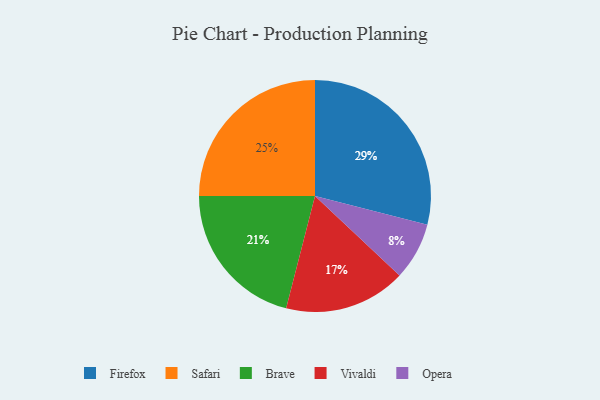
{"axis": {"x": "Category", "y": "Percentage"}, "legend": ["Brave", "Firefox", "Opera", "Safari", "Vivaldi"], "data": [{"x": "Opera", "y": 8, "type": "Opera"}, {"x": "Safari", "y": 25, "type": "Safari"}, {"x": "Firefox", "y": 29, "type": "Firefox"}, {"x": "Brave", "y": 21, "type": "Brave"}, {"x": "Vivaldi", "y": 17, "type": "Vivaldi"}]}